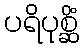
ပရိပုစ္ဆိံ